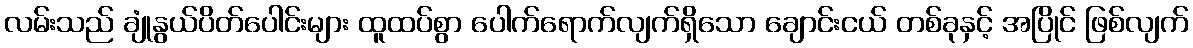
လမ်းသည် ချုံနွယ်ပိတ်ပေါင်းများ ထူထပ်စွာ ပေါက်ရောက်လျက်ရှိသော ချောင်းငယ် တစ်ခုနှင့် အပြိုင် ဖြစ်လျက်